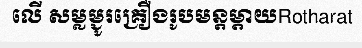
លើ សម្លម្ជូរគ្រឿងរូបមន្តម្តាយRotharat